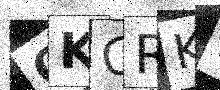
Text: OKCRKR